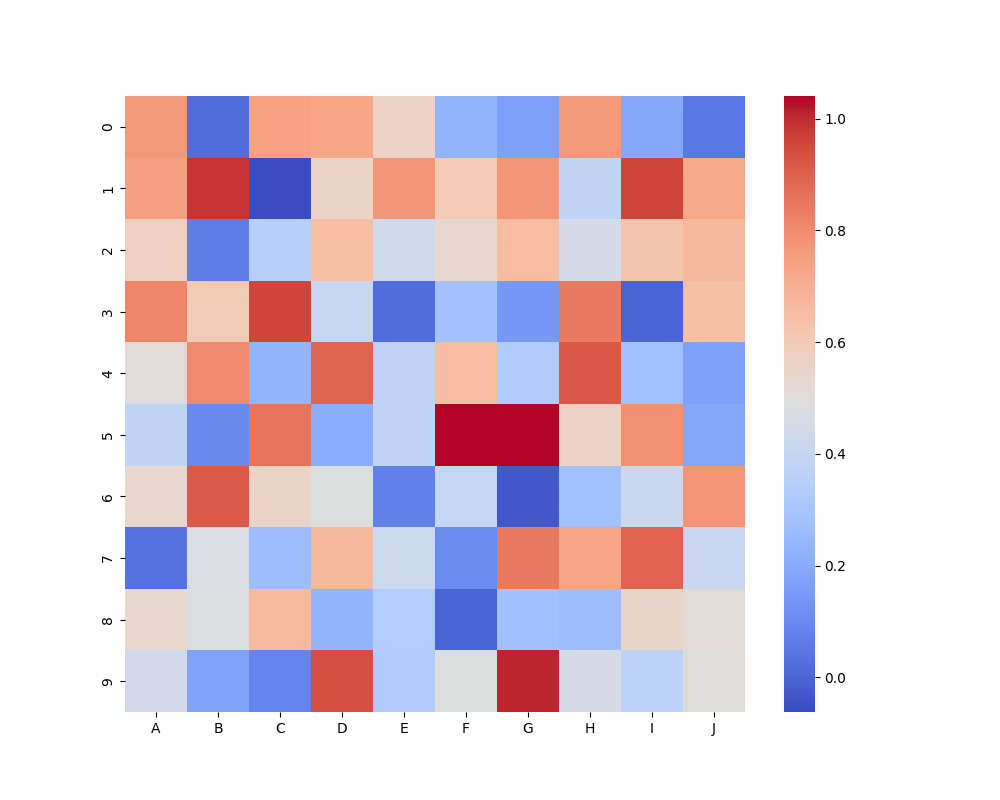
python, seaborn, heatmap, cmap='coolwarm', linewidths=0.0, center=none